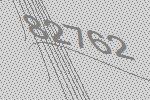
82762